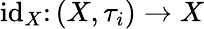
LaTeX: \operatorname{id}_{X}\colon(X,\tau_{i})\to X